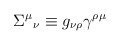
\begin{align*}\Sigma^{\mu}{}_{\nu} \equiv g_{\nu \rho}\gamma^{\rho \mu}\end{align*}